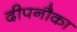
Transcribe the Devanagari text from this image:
दीपनौका